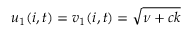
u _ { 1 } ( i , t ) = v _ { 1 } ( i , t ) = \sqrt { \nu + c k }